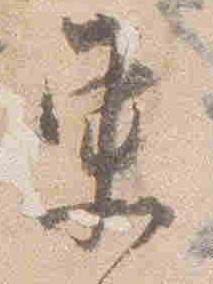
更